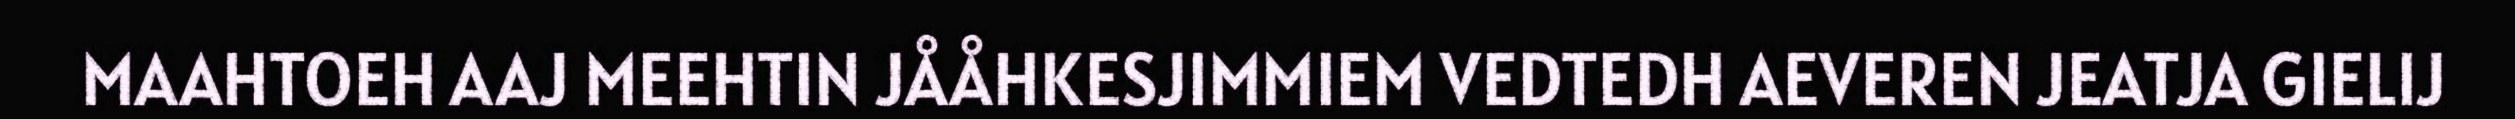
MAAHTOEH AAJ MEEHTIN JÅÅHKESJIMMIEM VEDTEDH AEVEREN JEATJA GIELIJ